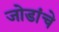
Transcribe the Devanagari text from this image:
जोडांचे